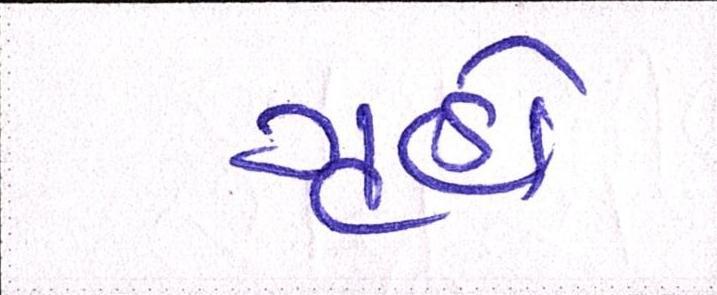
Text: ગૃહો